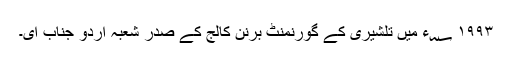
۱۹۹۳ ؁ء میں تلشیری کے گورنمنٹ برنن کالج کے صدر شعبہ اُردو جناب ای۔